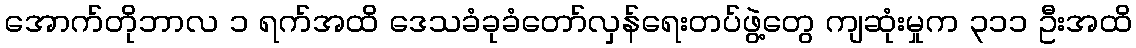
အောက်တိုဘာလ ၁ ရက်အထိ ဒေသခံခုခံတော်လှန်ရေးတပ်ဖွဲ့တွေ ကျဆုံးမှုက ၃၁၁ ဦးအထိ